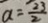
a = \frac { 2 3 } { 2 }